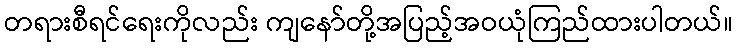
တရားစီရင်ရေးကိုလည်း ကျနော်တို့အပြည့်အဝယုံကြည်ထားပါတယ်။